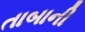
તાબાની